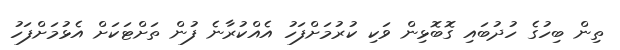
ތިން ބިހުގެ ހުދުބައި ގޮބޮޅިން ވަކި ކުރުމަށްފަހު އެއްކުރާނެ ފުން ތަށްޓަކަށް އެޅުމަށްފަހު